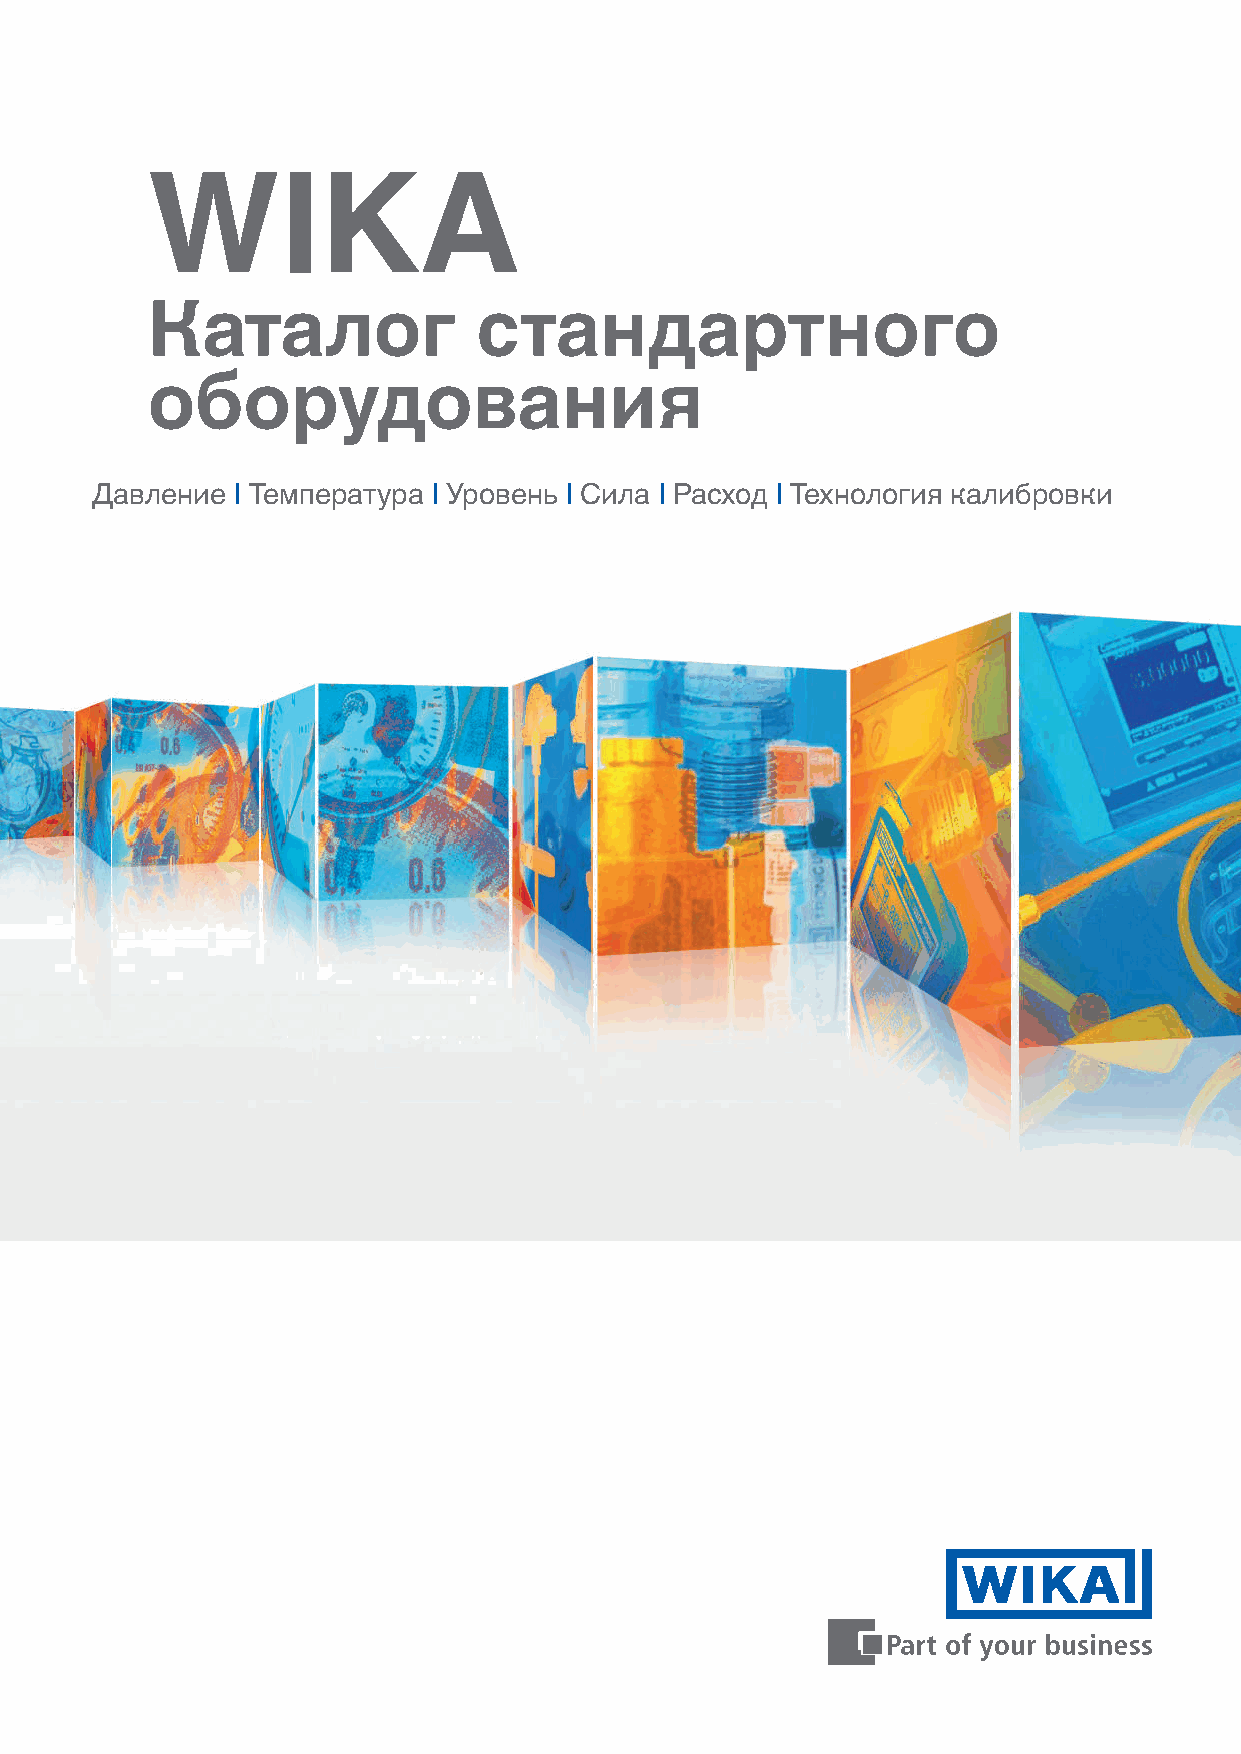
WIKA
 Каталог               стандартного
 оборудования
 Давление | Температура | Уровень | Сила | Расход | Технология калибровки